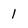
Character: 1